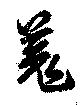
羌